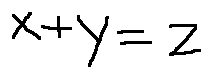
x + y = z